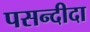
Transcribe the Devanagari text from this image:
पसन्‍दीदा